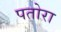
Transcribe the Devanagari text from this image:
पतोरा